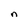
Character: n